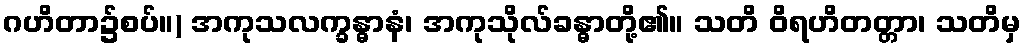
ဂဟိတာ၌စပ်။) အကုသလက္ခန္ဓာနံ၊ အကုသိုလ်ခန္ဓာတို့၏။ သတိ ဝိရဟိတတ္တာ၊ သတိမှ